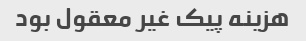
هزینه پیک غیر معقول بود